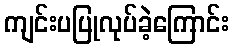
ကျင်းပပြုလုပ်ခဲ့ကြောင်း